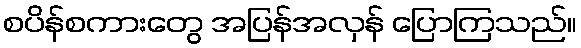
စပိန်စကားတွေ အပြန်အလှန် ပြောကြသည်။